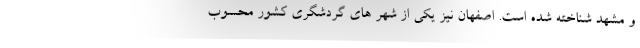
و مشهد شناخته شده است. اصفهان نیز یکی از شهر های گردشگری کشور محسوب